38_143685_box_Incident_Summaries_101-172
Agency: Department of War
Page 123
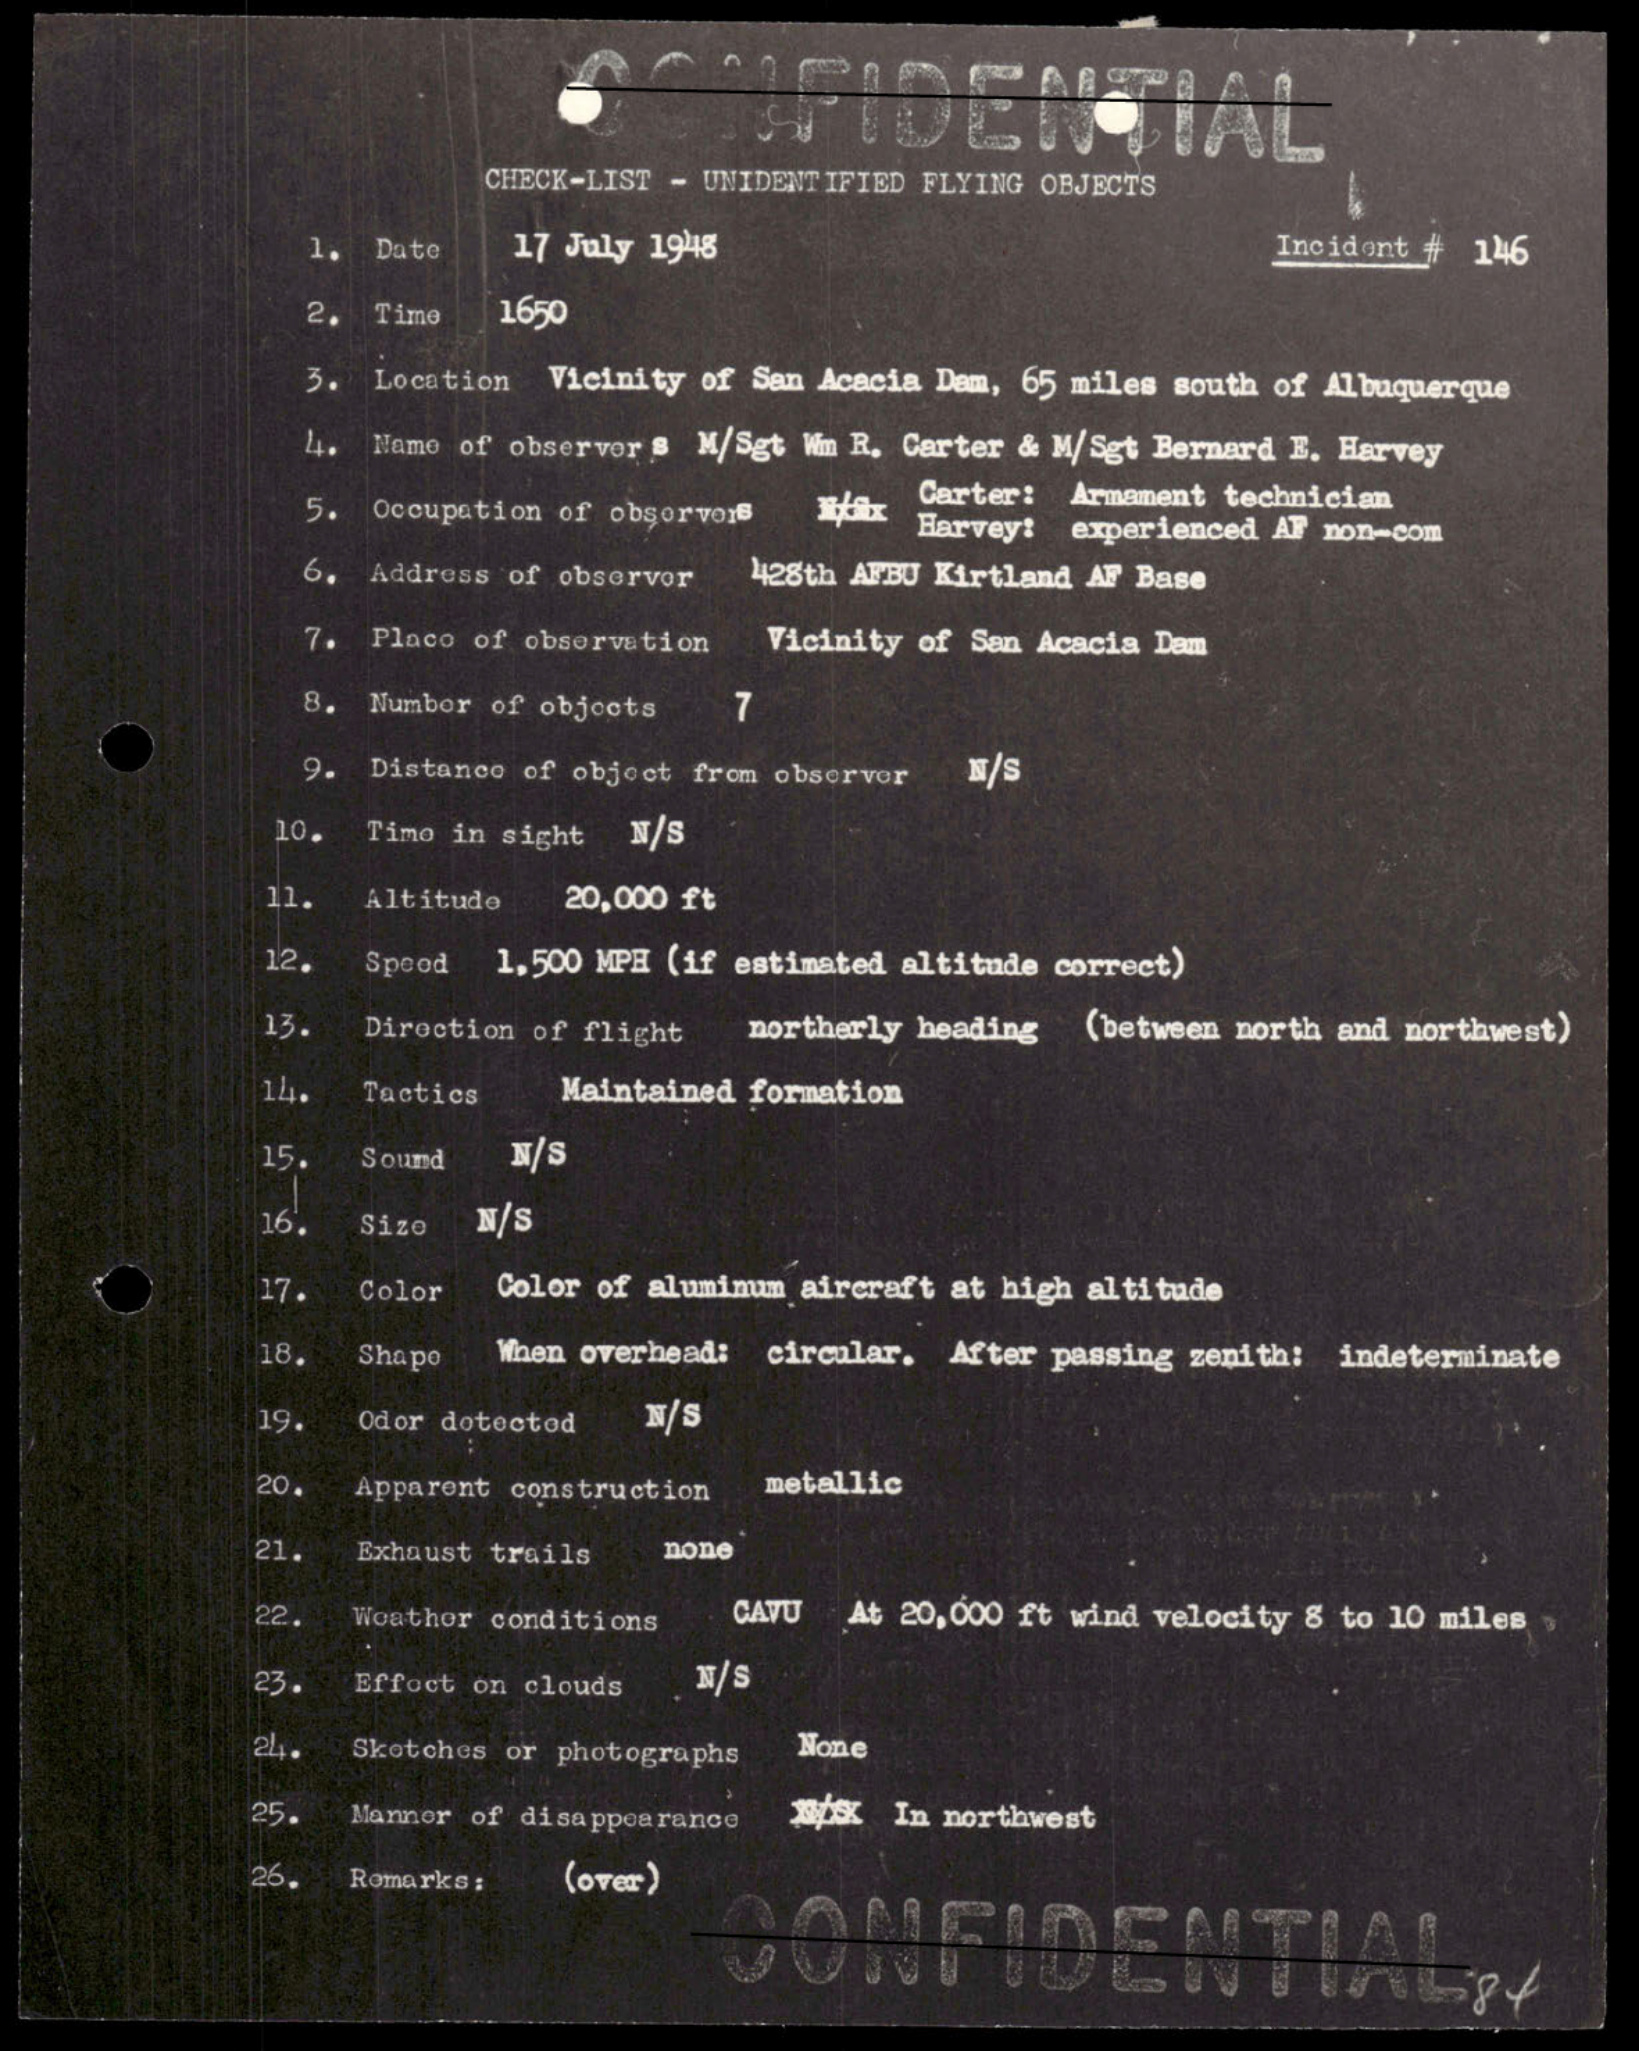